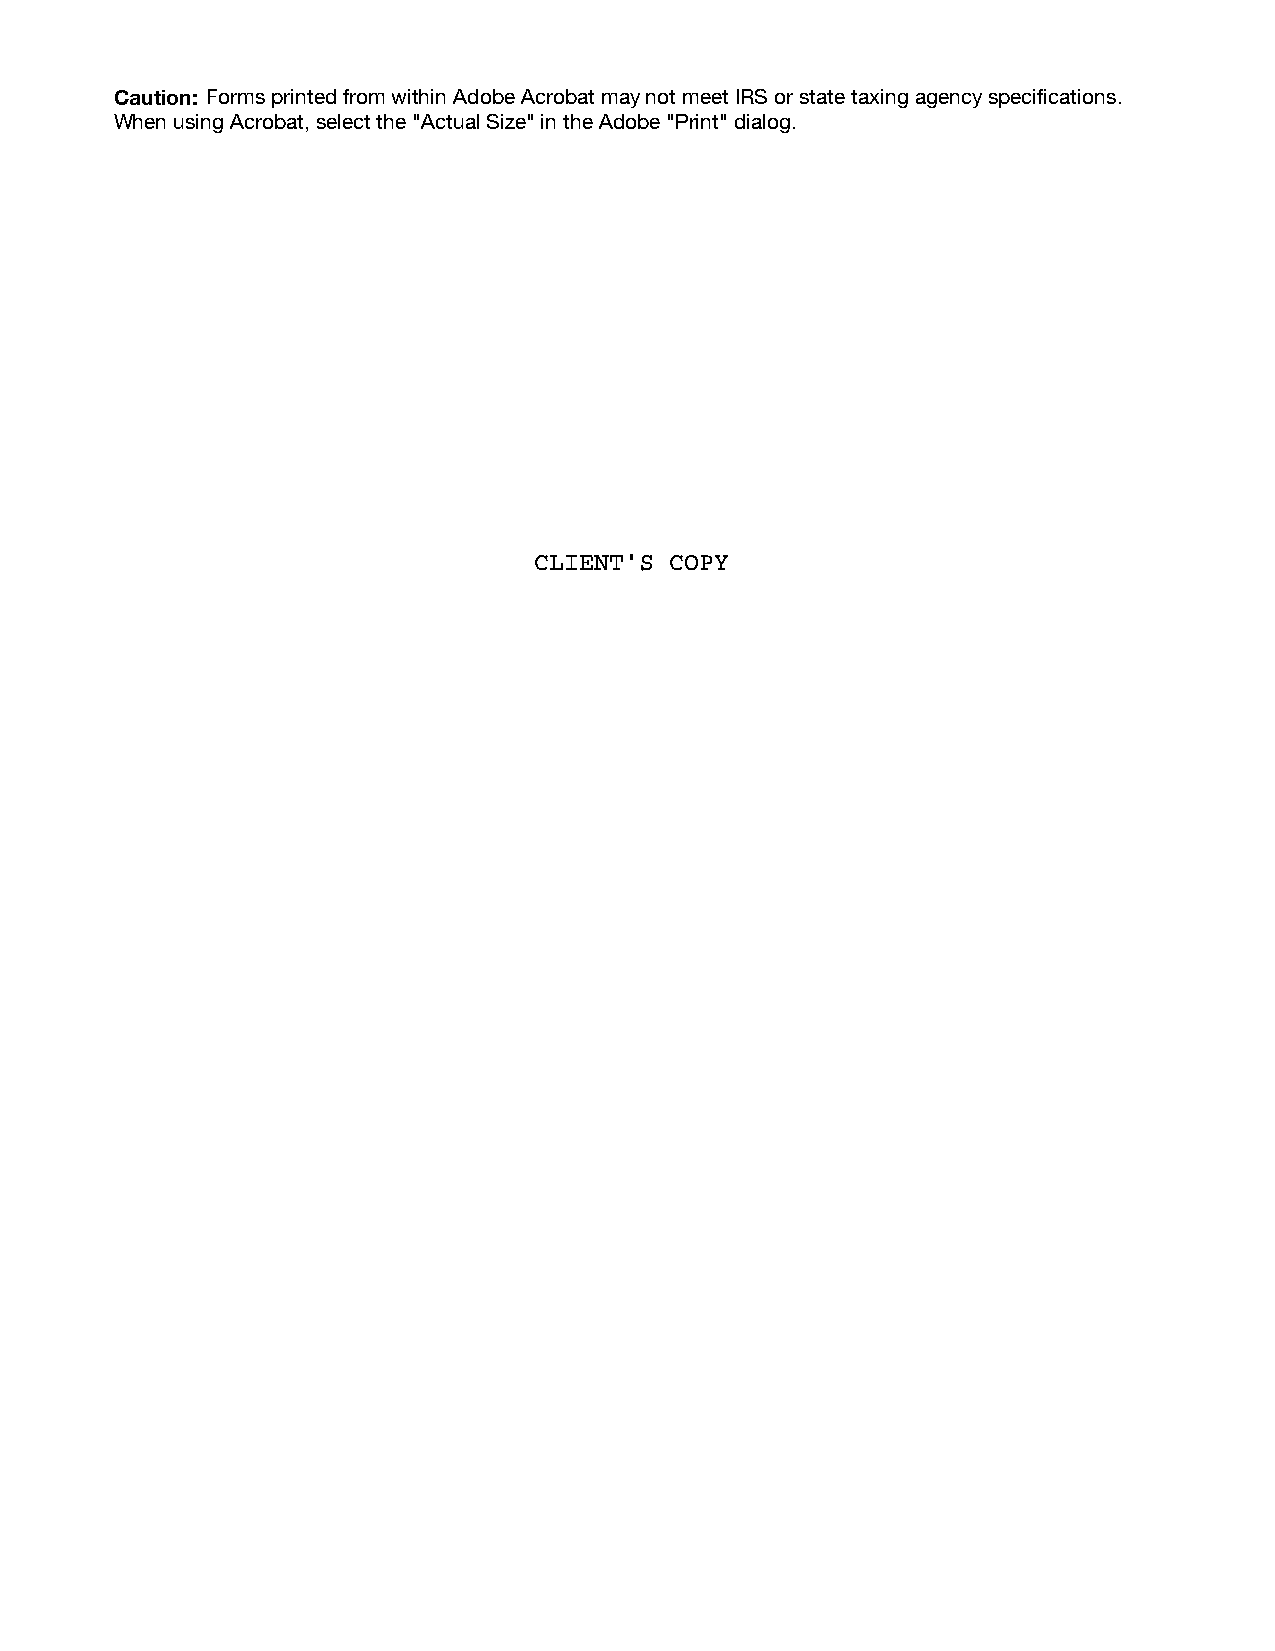
Caution: Forms printed from within Adobe Acrobat may not meet IRS or state taxing agency specifications.
 When using Acrobat, select the "Actual Size" in the Adobe "Print" dialog.
 CLIENT'S COPY